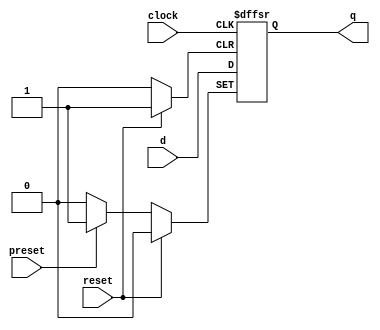
`timescale 1ns/1ps

module dff (
	input clock, reset, preset, d,
	output reg q
);

always @(posedge clock, posedge reset, posedge preset)
begin
	if (reset)
		q <= 0;
	else if (preset)
		q <= 1;
	else
		q <= d;
	
end
endmodule